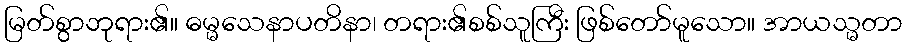
မြတ်စွာဘုရား၏။ ဓမ္မသေနာပတိနာ၊ တရား၏စစ်သူကြီး ဖြစ်တော်မူသော။ အာယသ္မတာ